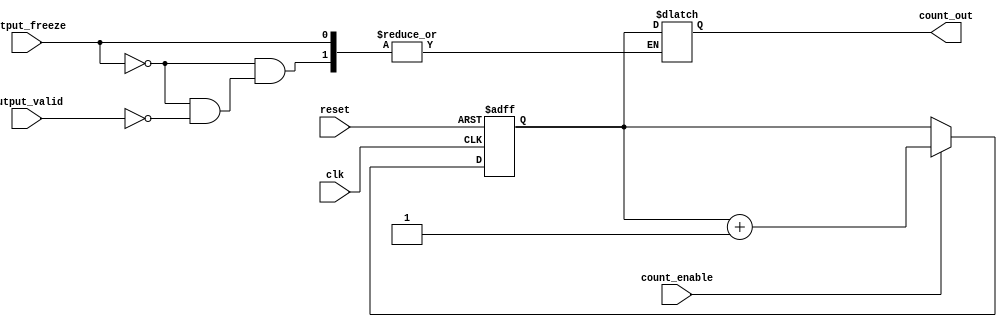
module SynchronousCounter #(
    parameter N = 4  // Parameter to define the bit width of the counter
)(
    input wire clk,                // Clock input
    input wire reset,              // Asynchronous reset
    input wire count_enable,       // Count enable signal
    input wire output_valid,       // Output valid control signal
    input wire output_freeze,      // Output freeze control signal
    output reg [N-1:0] count_out   // Output of the counter
);

    reg [N-1:0] count;             // Internal register to hold the count value

    // Asynchronous reset
    always @(posedge clk or posedge reset) begin
        if (reset) begin
            count <= 0;            // Reset count to 0
        end else if (count_enable) begin
            count <= count + 1;    // Increment count on clock edge if enabled
        end
    end

    // Output control logic
    always @(*) begin
        if (output_freeze) begin
            count_out = count_out; // Hold current output if freeze is active
        end else if (output_valid) begin
            count_out = count;      // Update output with current count if valid
        end
    end

endmodule